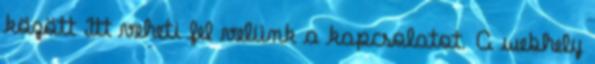
között Itt veheti fel velünk a kapcsolatot. A webhely